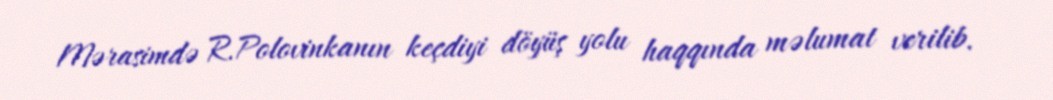
Mərasimdə R.Polovinkanın keçdiyi döyüş yolu haqqında məlumat verilib.